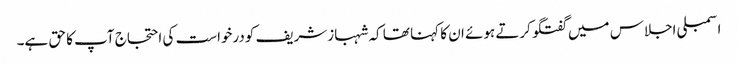
اسمبلی اجلاس میں گفتگو کرتے ہوئے ان کا کہنا تھا کہ شہبازشریف کودرخواست کی احتجاج آپ کا حق ہے۔